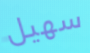
سهيل